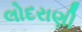
લોદરાણી